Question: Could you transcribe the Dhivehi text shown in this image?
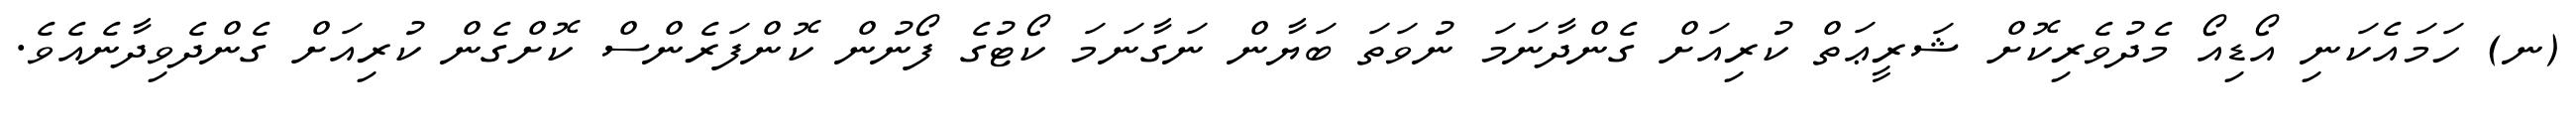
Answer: (ނ) ހަމައެކަނި އޯޑިއޯ މެދުވެރިކޮށް ޝަރީޢަތް ކުރިއަށް ގެންދާނަމަ ނުވަތަ ބަޔާން ނަގާނަމަ ކޯޓުގެ ފޯނުން ކޮންފަރެންސް ކޮށްގެން ކުރިއަށް ގެންދެވިދާނެއެވެ.